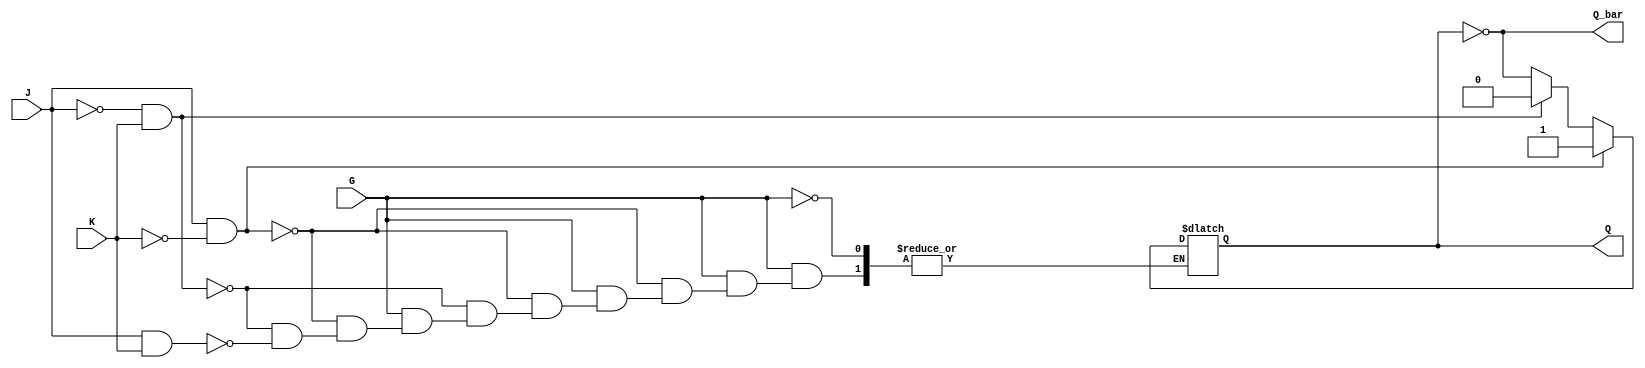
module gated_jk_latch (
    input wire J,        // Set input
    input wire K,        // Reset input
    input wire G,        // Enable input
    output reg Q,        // Main output
    output wire Q_bar    // Complementary output
);
    
    // Complementary output Q
    assign Q_bar = ~Q;

    // Process block to describe the behavior of the Gated JK Latch
    always @(*) begin
        // Only respond to J and K when G is high
        if (G) begin
            if (J && !K) begin
                Q = 1;  // Set
            end else if (!J && K) begin
                Q = 0;  // Reset
            end else if (J && K) begin
                Q = ~Q; // Toggle
            end
            // If both J and K are low, Q retains its current state
        end
        // If G is low, Q retains its current state due to the nature of latches
    end

endmodule